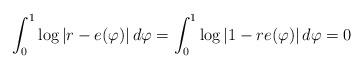
LaTeX: \begin{align*}\int_{0}^{1} \log{|r -e(\varphi)|} \, d\varphi & = \int_{0}^{1} \log{|1 -re(\varphi)|} \, d\varphi =0\end{align*}